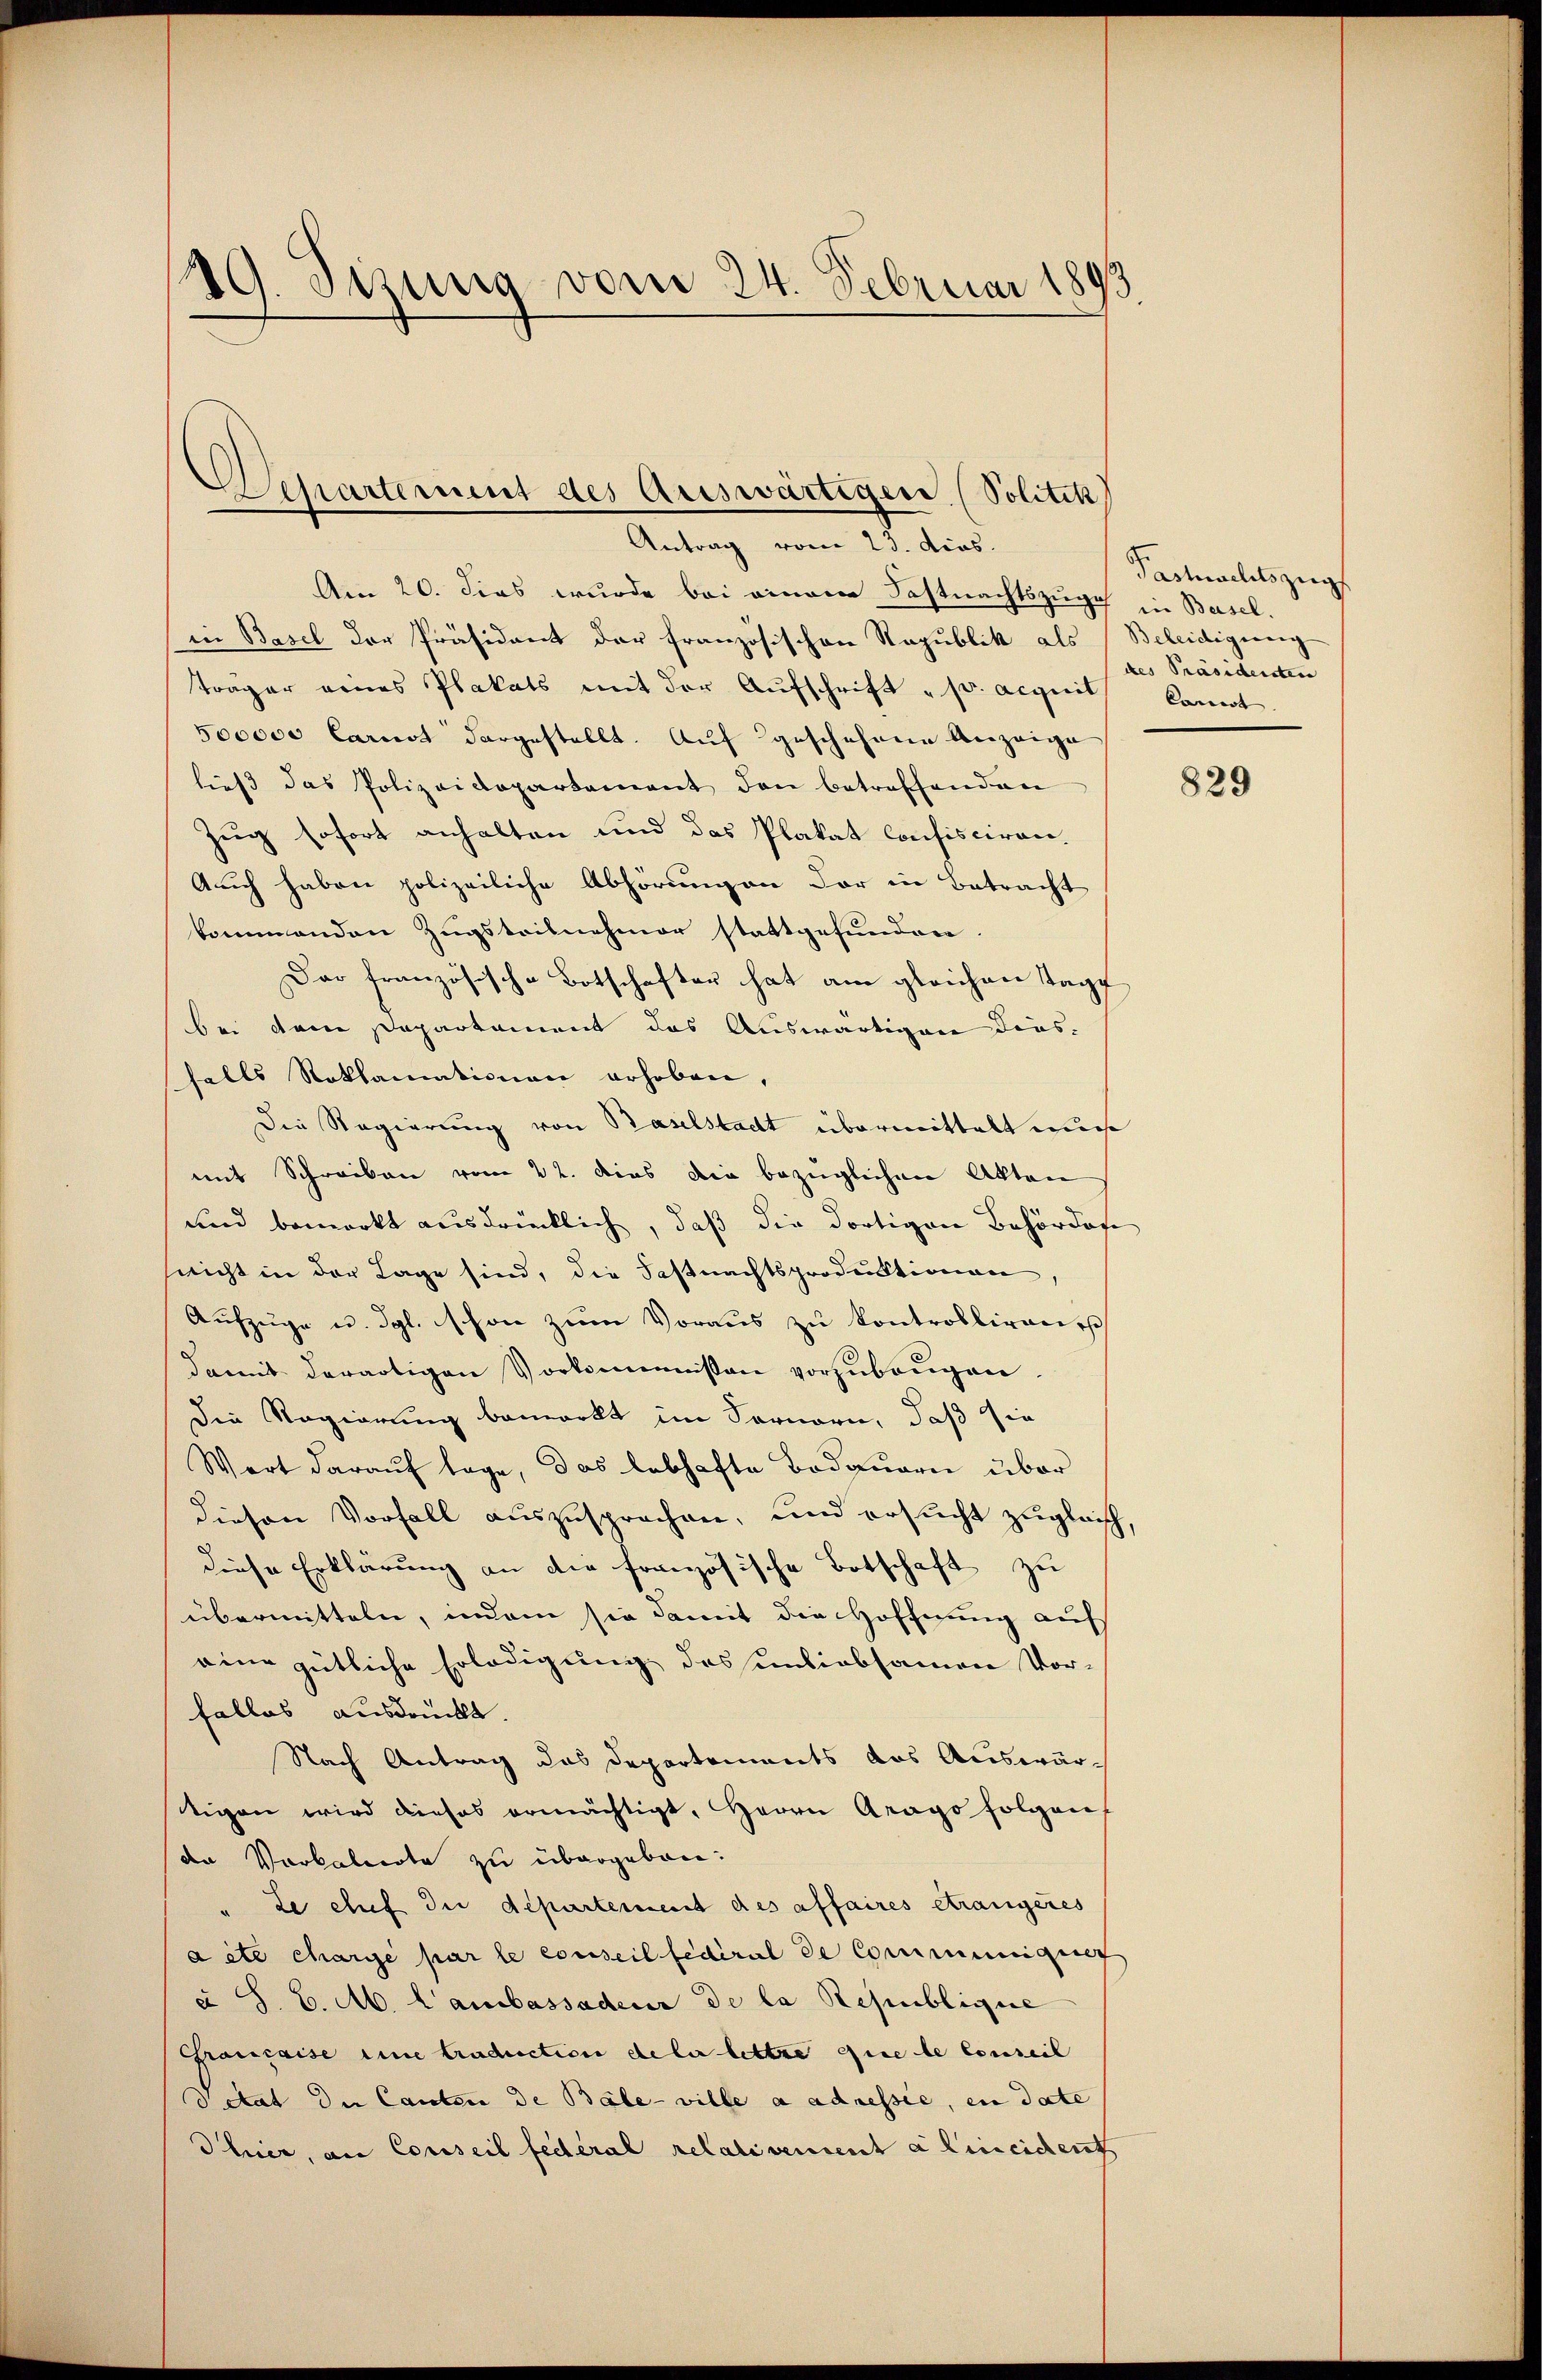
19. Sizung vom 24. Februar 1893

Separtement des Auswärtigen (Politik
Antrag vom 23. dies.

Am 20. dies wurde bei einem Fastnachtszuge in Basel.
iie Basel der Präsident der französischen Republik als Beleidigung
träger eines Plakats mit der Aufschrift „pr. acquit konnt
500000 Carnst dargestellt. Auf geschehene Anzeige
ließ das Polizeidepartement den betreffenden
Zug sofort anhalten und das Plakat Confisciren.
Auch haben polizeiliche Abhörungen der in Betracht
kommenden Zugsteilnehmer stattgefunden.
Das französische Botschafter hat am gleichen Tage
bei dem separtament das Auswärtigen diesfalls Roklamationen erhoben,
Die Regierung von Baselstadt übermittelt wur
mit Schreiben vom 22. dies die bezüglichen Akten
und bemerkt ausdrücklich, daß die dortigen Behördere
sricht in der Lage sind, die Fastnachtsproduktionen,
Aŭfzŭge u. dgl. schon zŭm Voraus zu kontrolliren
damit derartigen Vorkommisson vorzubeugen.
Die Regierung bemerkt im Fernern, daß sie
Wort darauf lage, das lebhafte Bedauern über
diesen Vorfall auszusprochen, und ersucht zugleich,
diese Erklärung an die französische Botschaft zu
übermitteln, indem sie damit die Hoffnung aufs
eine gütliche Erledigung des unliebsamen Vorfalles ausdrückt.
Nach Antrag das Departements das Auswärigen wird dieses ermächtigt, Herrn Arago folgen,
de Vorkabierte zu übergeben:
" Le chef du departement des affaires étrangeres
aite charge par le conseil fédéral de Communiquer
c S. C. M. Lambassadeur de la Republique
Graccaise eine traduction de la lettre que le Conseil
detat die Cauten de Bäle ville a adressie, in date
Thier, an Conseil fédéral relativement a hineichent

Pastnachtszugs
des Präsidenten

829